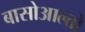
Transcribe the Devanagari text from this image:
बासोआल्तो